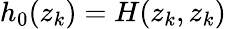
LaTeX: h_{0}(z_{k})=H(z_{k},z_{k})